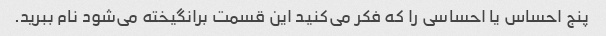
پنج احساس یا احساسی را که فکر می‌کنید این قسمت برانگیخته می‌شود نام ببرید.